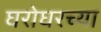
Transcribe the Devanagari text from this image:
घरोघरच्या